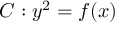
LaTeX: C : y ^ { 2 } = f ( x )